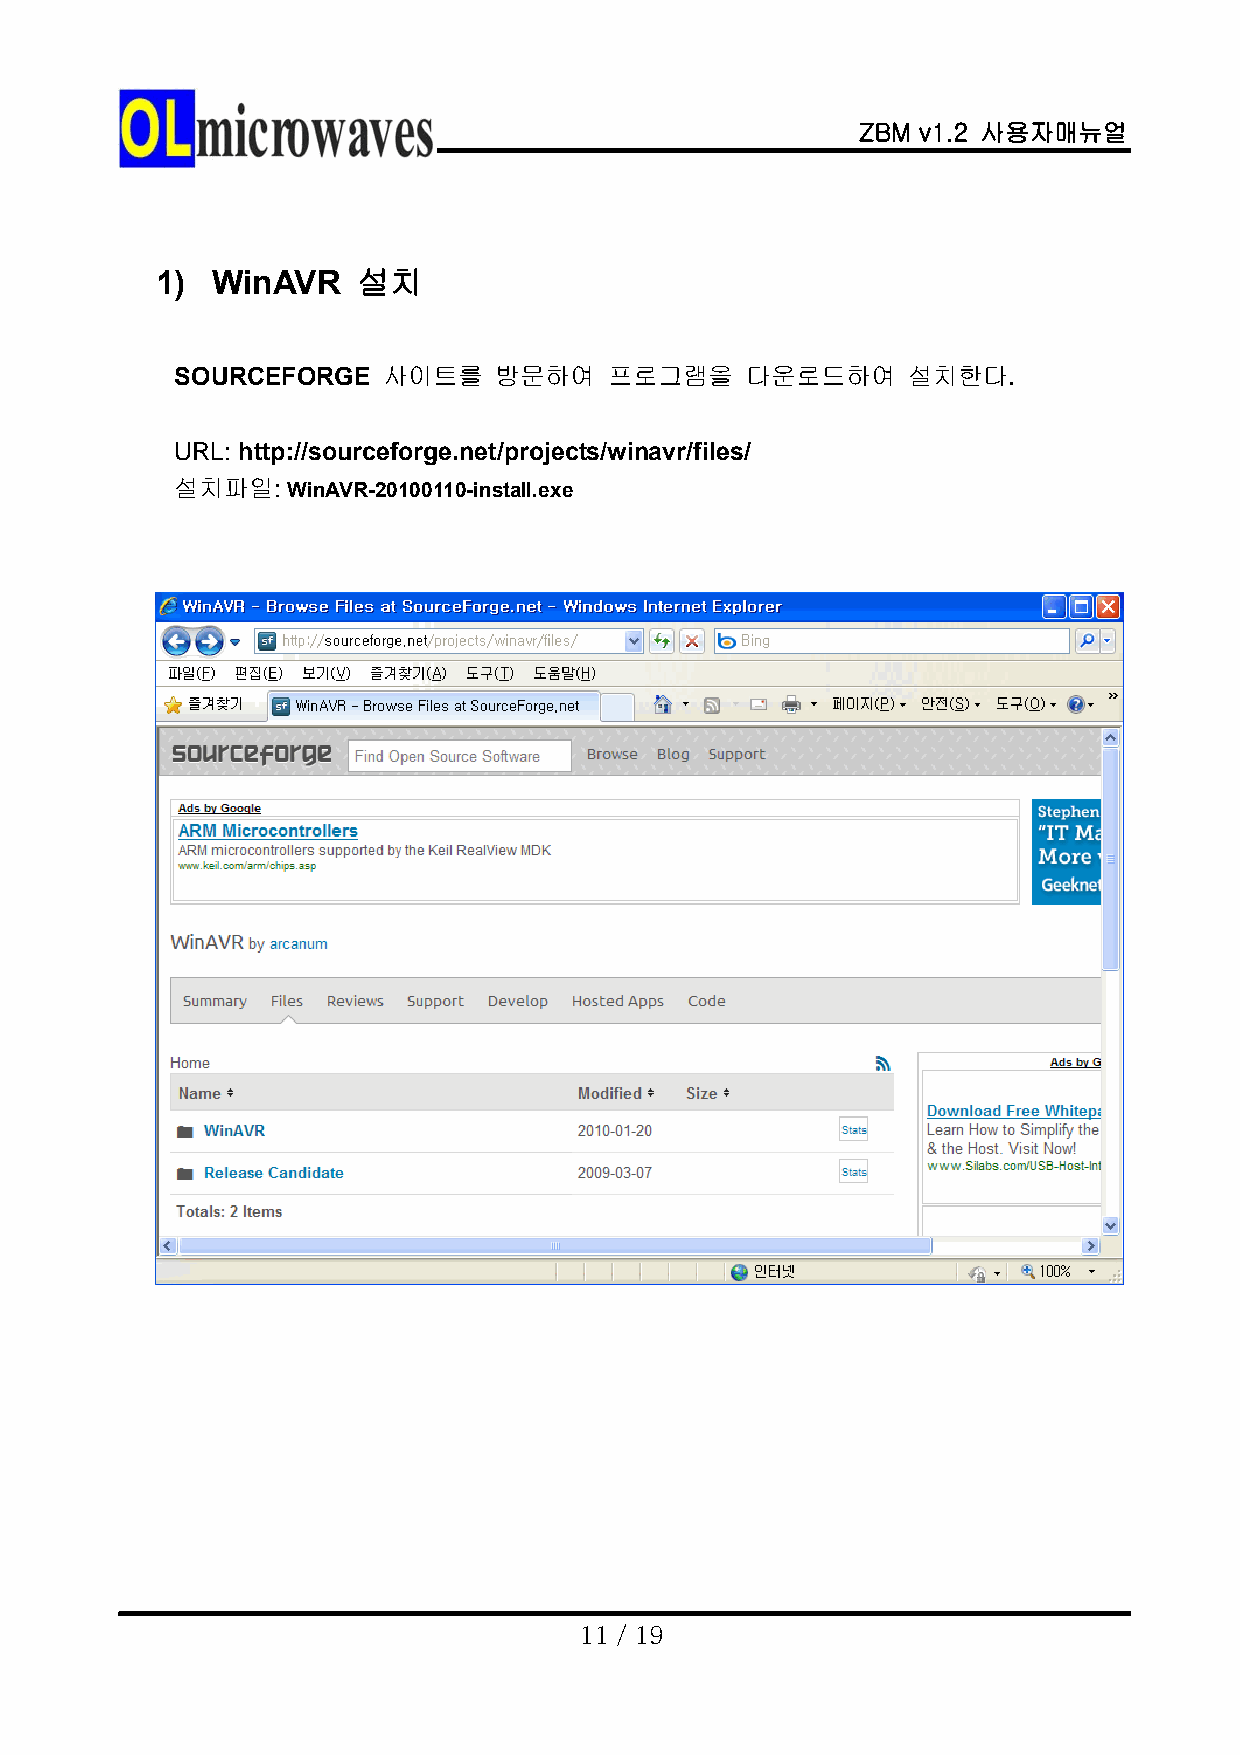
ZBM v1.2 사용자매뉴얼
 1)  WinAVR    설치
 SOURCEFORGE  사이트를    방문하여   프로그램을    다운로드하여     설치한다.
 URL: http://sourceforge.net/projects/winavr/files/
 설치파일:  WinAVR-20100110-install.exe
 11 / 19